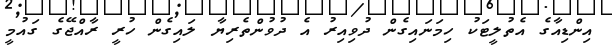
އިންޑިއާގެ އެތުލީޓަކު ހިމަނައިގެން ދުވިއިރު އެ ދުވުންތެރިޔާ ލައިގެން ހުރީ ރާއްޖޭގެ ގައުމީ